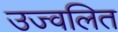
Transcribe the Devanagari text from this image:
उज्वलित